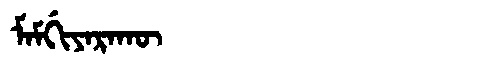
Manchu: ᠮᠠᠮᡤᡳᠶᠠᡵᠠᡴᡡ
Romanization: MAMGIYARAKŪ